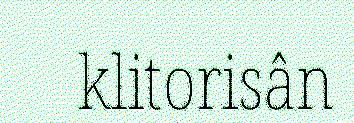
klitorisân